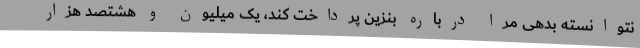
نتوانسته بدهی مرا درباره بنزین پرداخت کند، یک میلیون و هشتصد هزار